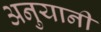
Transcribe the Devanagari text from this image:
अनुयानी